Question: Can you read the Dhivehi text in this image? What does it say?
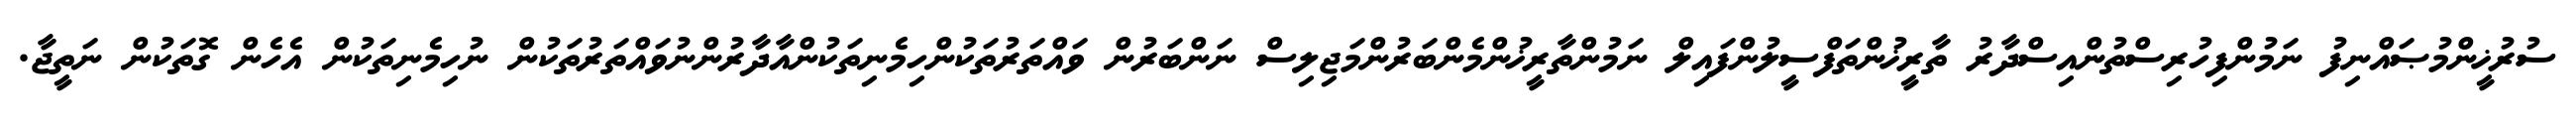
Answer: ސުރުޚީންމުޞައްނިފު ނަމުންފިހުރިސްތުންއިސްދާރު ތާރީޚުންތަފްސީލުންފައިލް ނަމުންތާރީޚުންމެންބަރުންމަޖިލިސް ނަންބަރުން ވައްތަރުތަކުންހިމެނިތަކުންއާދާރުންނުވައްތަރުތަކުން ނުހިމެނިތަކުން އެހެން ގޮތަކުން ނަތީޖާ.